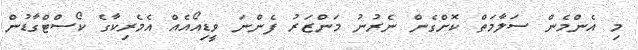
މި އެންމެން ސަލާމަތް ކޮށްގެން ނެރުނު މަންޒަރު ފެންނަ ވީޑިއޯއެއް އެމެރިކާގެ ކޯސްޓްގާޑުން